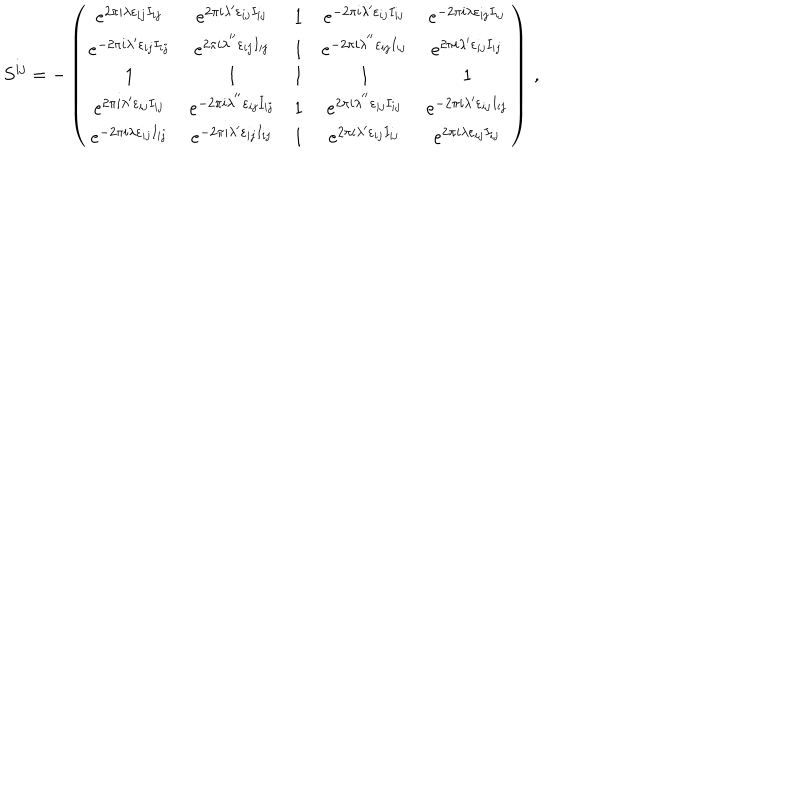
LaTeX: S ^ { i j } = - \left( \begin{array} { c c c c c } { { e ^ { 2 \pi i \lambda \varepsilon _ { i j } I _ { i j } } } } & { { e ^ { 2 \pi i \lambda ^ { \prime } \varepsilon _ { i j } I _ { i j } } } } & { { 1 } } & { { e ^ { - 2 \pi i \lambda ^ { \prime } \varepsilon _ { i j } I _ { i j } } } } & { { e ^ { - 2 \pi i \lambda \varepsilon _ { i j } I _ { i j } } } } \\ { { e ^ { - 2 \pi i \lambda ^ { \prime } \varepsilon _ { i j } I _ { i j } } } } & { { e ^ { 2 \pi i \lambda ^ { ^ { \prime \prime } } \varepsilon _ { i j } I _ { i j } } } } & { { 1 } } & { { e ^ { - 2 \pi i \lambda ^ { ^ { \prime \prime } } \varepsilon _ { i j } I _ { i j } } } } & { { e ^ { 2 \pi i \lambda ^ { \prime } \varepsilon _ { i j } I _ { i j } } } } \\ { { 1 } } & { { 1 } } & { { 1 } } & { { 1 } } & { { 1 } } \\ { { e ^ { 2 \pi i \lambda ^ { \prime } \varepsilon _ { i j } I _ { i j } } } } & { { e ^ { - 2 \pi i \lambda ^ { ^ { \prime \prime } } \varepsilon _ { i j } I _ { i j } } } } & { { 1 } } & { { e ^ { 2 \pi i \lambda ^ { ^ { \prime \prime } } \varepsilon _ { i j } I _ { i j } } } } & { { e ^ { - 2 \pi i \lambda ^ { \prime } \varepsilon _ { i j } I _ { i j } } } } \\ { { e ^ { - 2 \pi i \lambda \varepsilon _ { i j } I _ { i j } } } } & { { e ^ { - 2 \pi i \lambda ^ { \prime } \varepsilon _ { i j } I _ { i j } } } } & { { 1 } } & { { e ^ { 2 \pi i \lambda ^ { \prime } \varepsilon _ { i j } I _ { i j } } } } & { { e ^ { 2 \pi i \lambda \varepsilon _ { i j } I _ { i j } } } } \\ \end{array} \right) \, ,